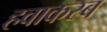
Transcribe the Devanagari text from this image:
हवाकस्‍ब